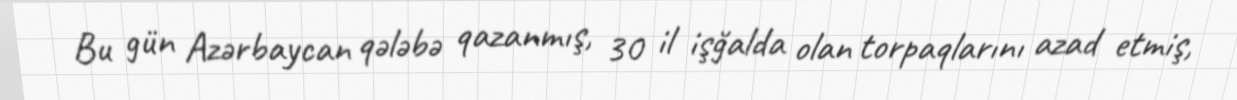
Bu gün Azərbaycan qələbə qazanmış, 30 il işğalda olan torpaqlarını azad etmiş,